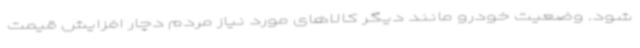
شود. وضعیت خودرو مانند دیگر کالاهای مورد نیاز مردم دچار افزایش قیمت